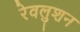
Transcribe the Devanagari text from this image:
रेवलुशन